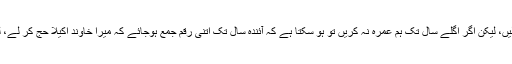
میرے اور خاوندکے پاس اتنی رقم ہے کہ اکٹھے جا کر عمرہ کر لیں، لیکن اگر اگلے سال تک ہم عمرہ نہ کریں تو ہو سکتا ہے کہ آئندہ سال تک اتنی رقم جمع ہوجائے کہ میرا خاوند اکیلا حج کر لے، لیکن یہ یقینی بات نہیں ایک اندازہ ہے تو ہمارے لئے کیا بہتر ہے؟